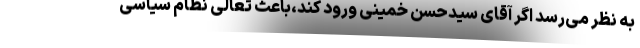
به نظر می‌رسد اگر آقای سیدحسن خمینی ورود کند،باعث تعالی نظام سیاسی